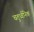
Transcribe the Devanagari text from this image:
चतुर्ध्वनिक